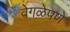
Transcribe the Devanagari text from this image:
वेगळेपणे